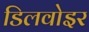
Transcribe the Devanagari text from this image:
डिलवोइर